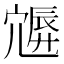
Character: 𡪮